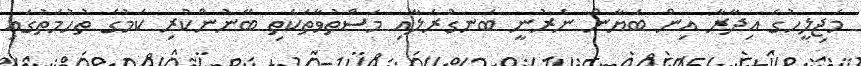
މަޖިލީހުގެ އިދާރާ އިން ބަޔާން ނެރުނީ ބަނގުރަލާއި މަސްތުވާތަކެތި ބޭނުންކުރި ކަމުގެ ތުހުމަތުގައި